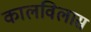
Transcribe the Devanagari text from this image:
कालविलास